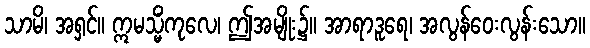
သာမိ၊ အရှင်။ ဣမသ္မိံကုလေ၊ ဤအမျိုး၌။ အာရာဒူရေ၊ အလွန်ဝေးလွန်းသော။